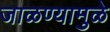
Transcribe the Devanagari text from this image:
जाळण्यामुळे